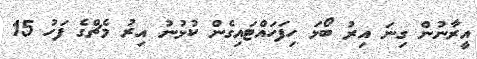
އީރާނުން ގިނަ އިރު ބޯޅަ ހިފަހައްޓައިގެން ކުޅުނު އިރު މެޗްގެ ފަހު 15